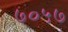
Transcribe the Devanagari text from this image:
७०५७